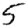
Digit: 5